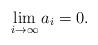
LaTeX: \begin{align*}\lim_{i \rightarrow \infty} a_i = 0.\end{align*}